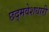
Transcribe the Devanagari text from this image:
छद्‍मवेशधारी